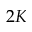
2 K